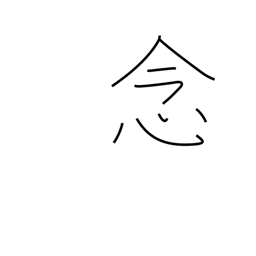
Meaning: desire